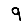
Digit: 9